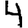
Digit: 4